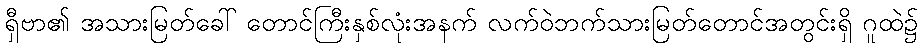
ရှီဗာ၏ အသားမြတ်ခေါ် တောင်ကြီးနှစ်လုံးအနက် လက်ဝဲဘက်သားမြတ်တောင်အတွင်းရှိ ဂူထဲ၌